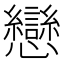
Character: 戀